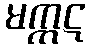
မက္ကဋ